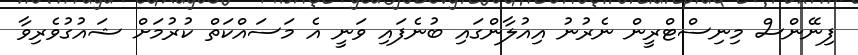
ފިނޭންސް މިނިސްޓްރީން ނެރުނު އިއުލާންގައި ބުނެފައި ވަނީ އެ މަސައްކަތް ކުރުމަށް ޝައުގުވެރިވާ